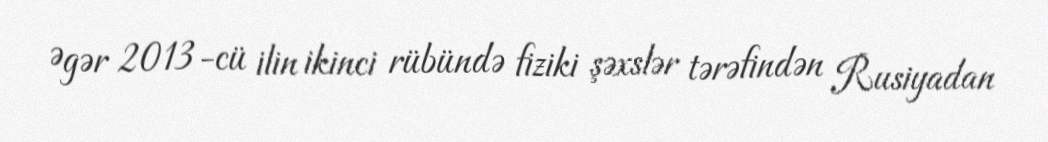
Əgər 2013-cü ilin ikinci rübündə fiziki şəxslər tərəfindən Rusiyadan